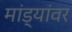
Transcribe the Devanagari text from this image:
मांड्यांवर